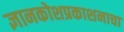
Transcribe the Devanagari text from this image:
ज्ञानकोशप्रकाशनाचा